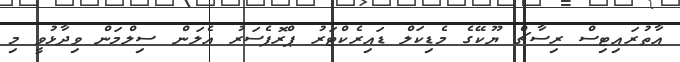
އާތުރައިޓިސް ރިސާޗް ޔޫކޭގެ މެޑިކަލް ޑައިރެކްޓަރު ޕްރޮފެސަރު އެލަން ސިލްމަން ވިދާޅުވީ މި